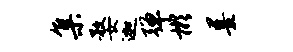
集婺迦弹彬墨